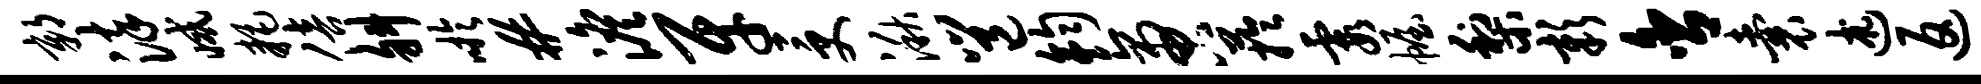
鄣染减耗倍斜吁#澹牙受湫邕钧啻芋霞幄梨彰舍囊述返